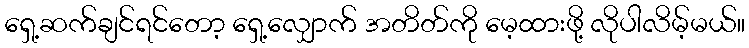
ရှေ့ဆက်ချင်ရင်တော့ ရှေ့လျှောက် အတိတ်ကို မေ့ထားဖို့ လိုပါလိမ့်မယ်။